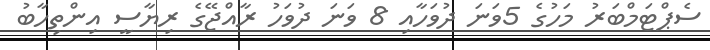
ސެޕްޓަމްބަރު މަހުގެ 5ވަނަ ދުވަހާއި 8 ވަނަ ދުވަހު ރާއްޖޭގެ ރިޔާސީ އިންތިހާބު